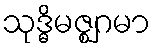
သုဒ္ဓိမဇ္ဈဂမာ